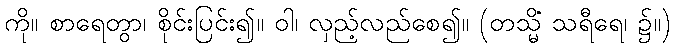
ကို။ စာရေတွာ၊ စိုင်းပြင်း၍။ ဝါ၊ လှည့်လည်စေ၍။ (တသ္မိံ သရီရေ၊ ၌။)